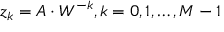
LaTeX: z _ { k } = A \cdot W ^ { - k } , k = 0 , 1 , \dots , M - 1